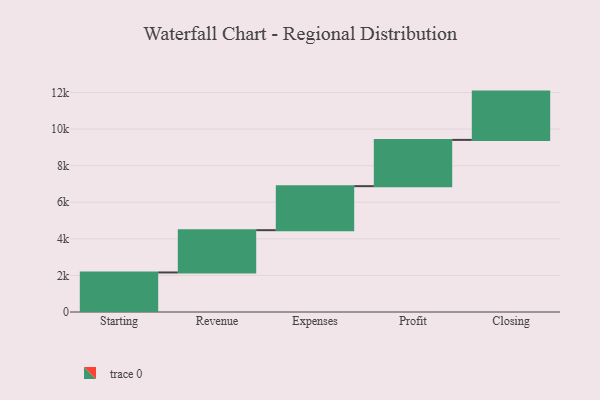
{"axis": {"x": "Step", "y": "Value"}, "legend": [""], "data": [{"x": "Starting", "y": 2162.0, "type": ""}, {"x": "Revenue", "y": 2312.0, "type": ""}, {"x": "Expenses", "y": 2406.0, "type": ""}, {"x": "Profit", "y": 2530.0, "type": ""}, {"x": "Closing", "y": 2640.0, "type": ""}]}